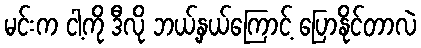
မင်းက ငါ့ကို ဒီလို ဘယ့်နှယ်ကြောင့် ပြောနိုင်တာလဲ